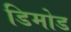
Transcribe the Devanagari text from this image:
डिमोड